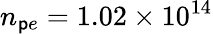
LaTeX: n_{\mathsf{p}e}=1.02\times10^{14}